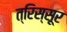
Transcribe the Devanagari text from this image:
त्रिस्सूर